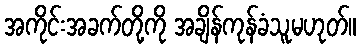
အကိုင်းအခက်တို့ကို အချိန်ကုန်ခံသူမဟုတ်။